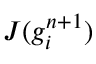
J ( g _ { i } ^ { n + 1 } )